Tartu_linna_vaeslastekohus, lk 6
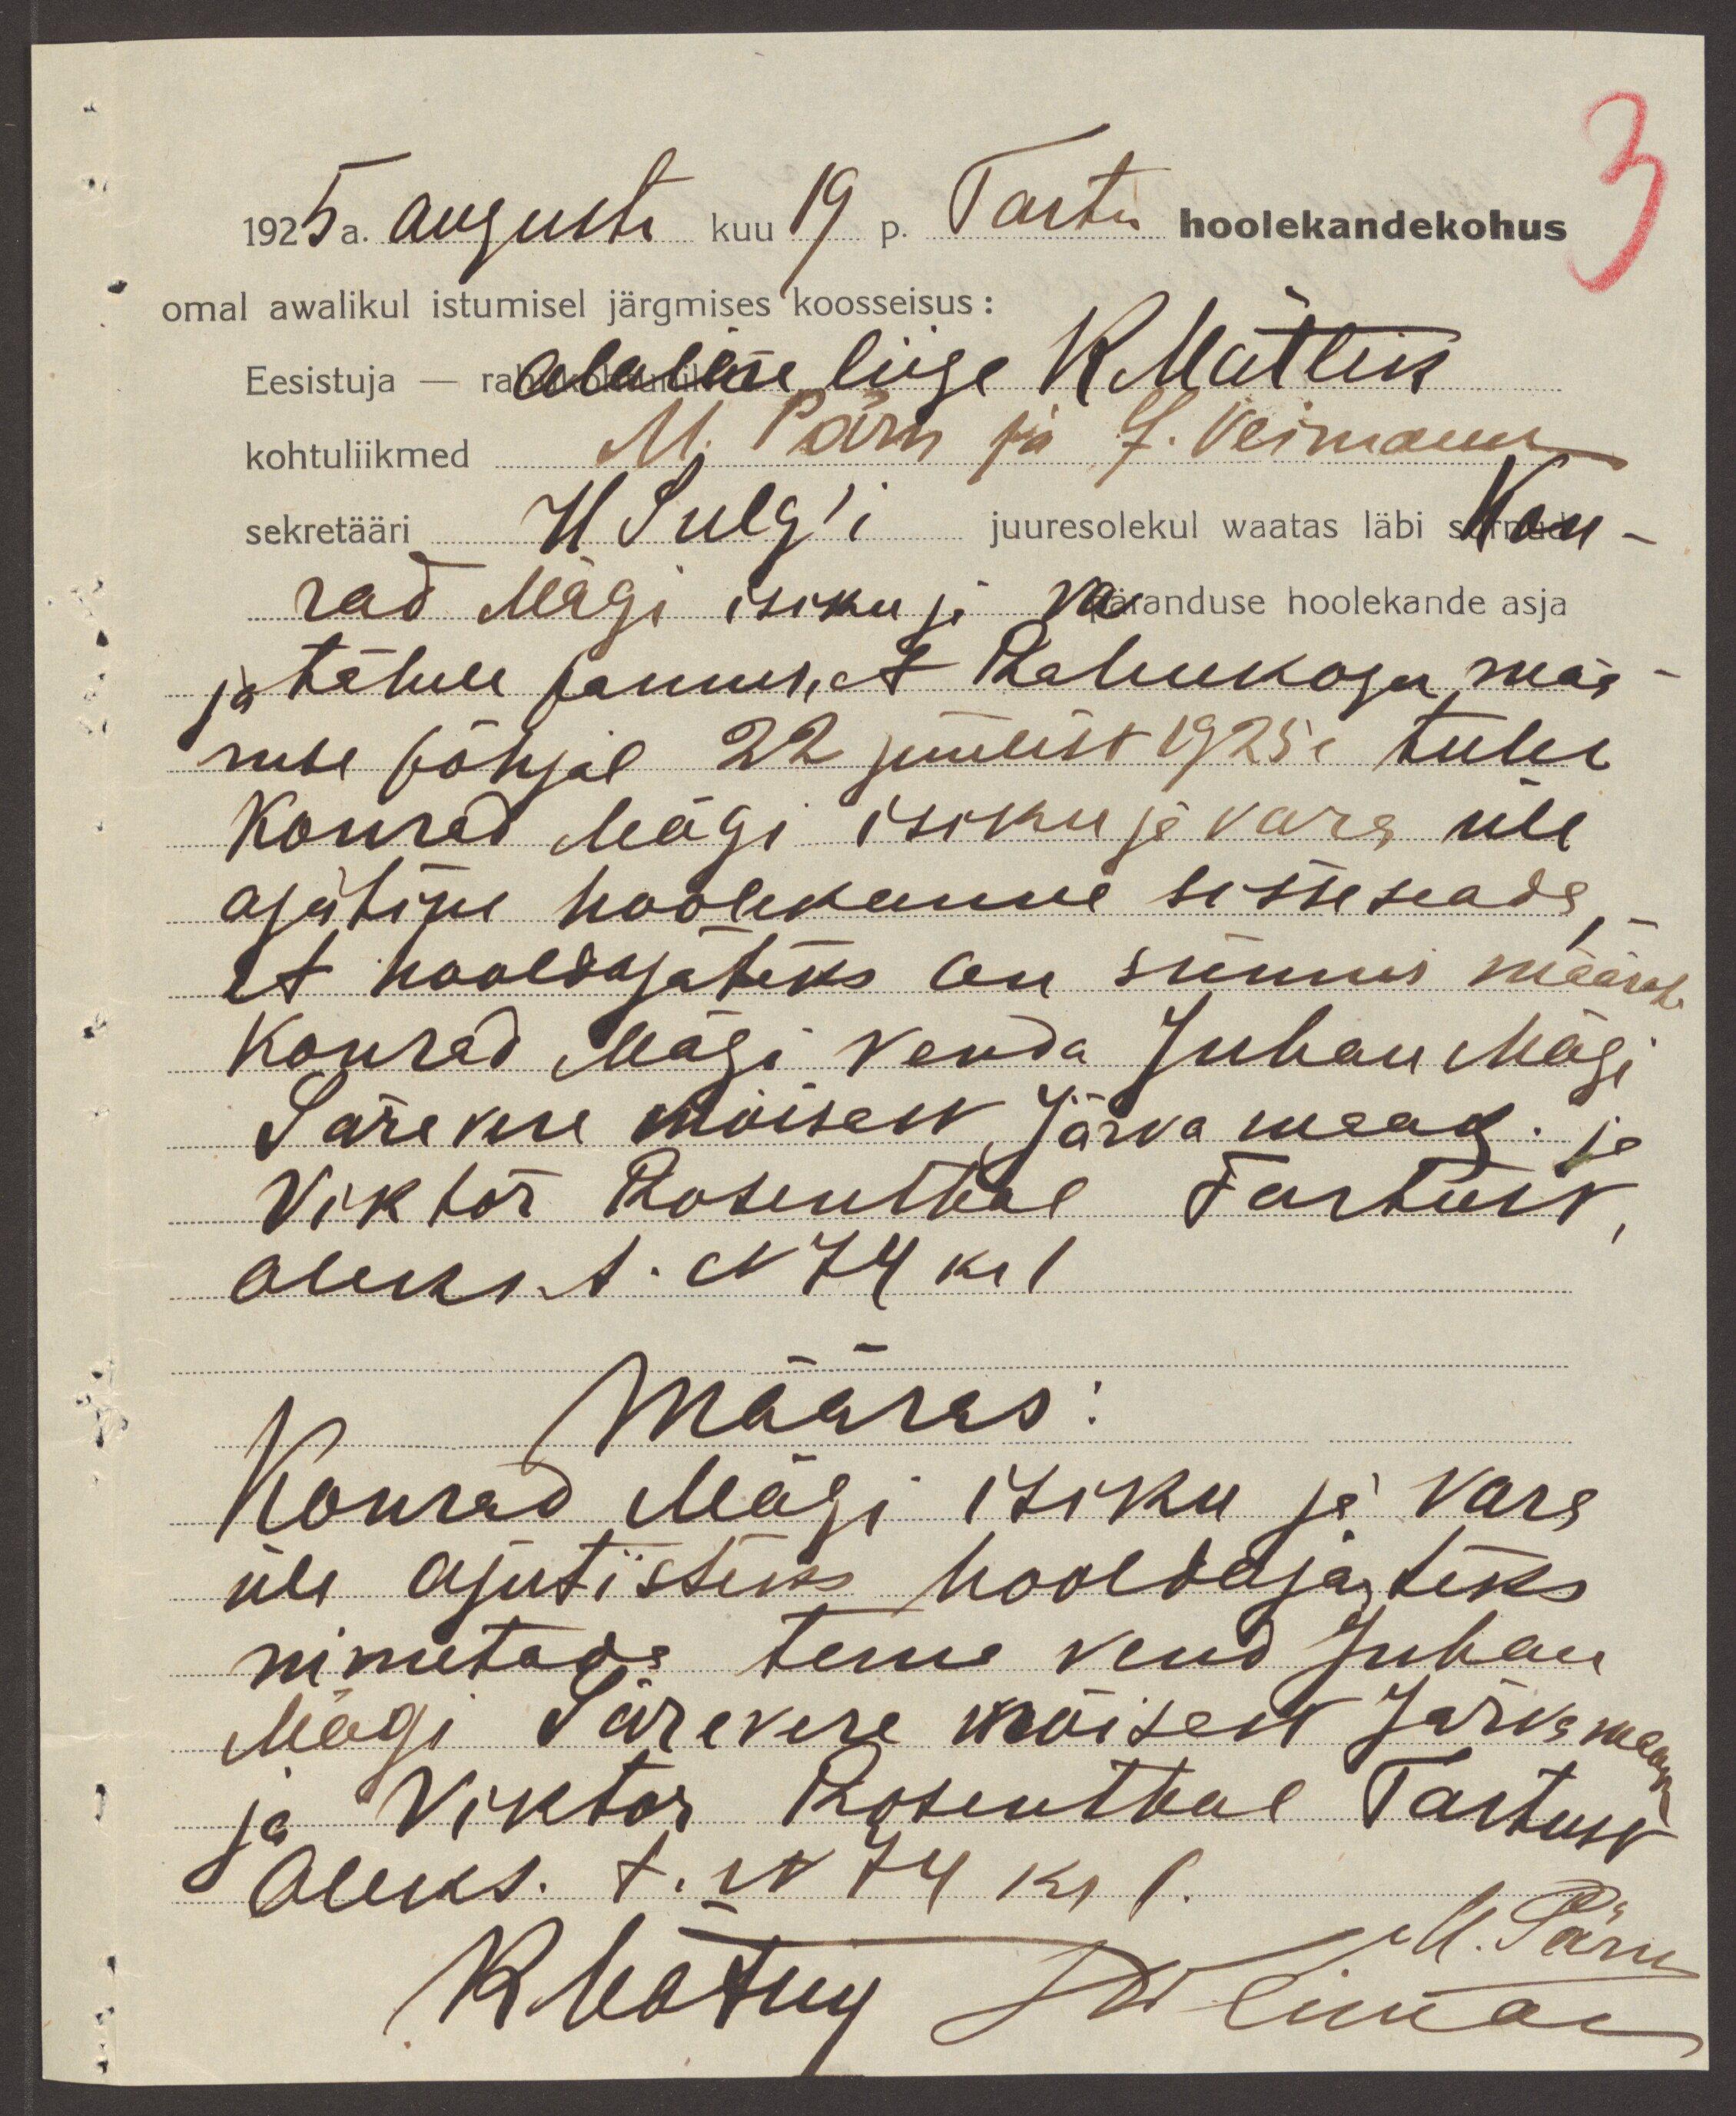
1925 a. augusti kuu 19 p. Tartu hoolekandekohus
omal awalikul istumisel järgmises koosseisus:
Eesistuja - alaline liige R. Mätlik
kohtuliikmed M. Pärn ja J. Veimann
sekretääri H. Sulg´i juuresolekul waatas läbi Kon-
rad Mägi isiku ja varanduse hoolekande asja
ja tähele pannes, et Rahukogu mää-
ruse põhjal 22 juulist 1925a tuleb
Konrad Mägi isiku ja vara üle
ajutine hoolekanne sisseseada, -
et hooldajateks on sünnis määrata
Konrad Mägi venda Juhan Mägi
Särevere mõisast Järva maak. ja
Viktor Rosenthal Tartust,
Aleks. t.  N 74 kr 1
Määras:
Konrad Mägi isiku ja vara
üle ajutisteks hooldajateks
nimetada tema vend Juhan
Mägi Särevere mõisast Järvamaak
ja Viktor Rosenthal Tartust
Aleks. t. N 74 kr 1.
M. Pärn.
RMätlik JWeiman